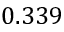
0 . 3 3 9